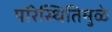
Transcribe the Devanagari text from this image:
परिस्थितिमुळे